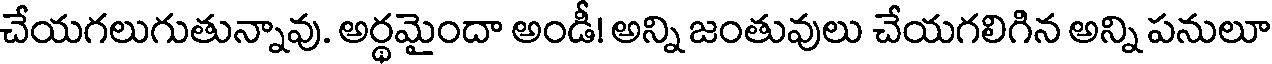
చేయగలుగుతున్నావు. అర్థమైందా అండీ! అన్ని జంతువులు చేయగలిగిన అన్ని పనులూ